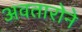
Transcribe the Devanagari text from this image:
अवतारोने